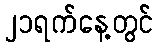
၂၁ရက်နေ့တွင်